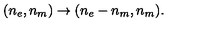
( n _ { e } , n _ { m } ) \rightarrow ( n _ { e } - n _ { m } , n _ { m } ) .